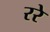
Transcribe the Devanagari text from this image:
ररे